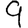
Digit: 9